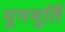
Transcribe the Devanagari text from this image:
युगमूर्ति